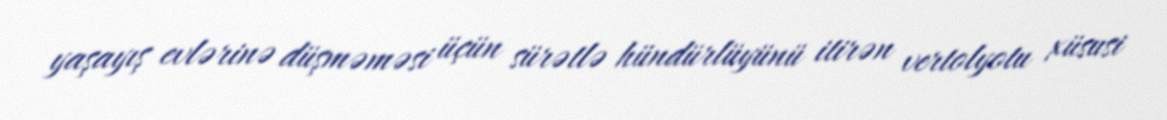
yaşayış evlərinə düşməməsi üçün sürətlə hündürlüyünü itirən vertolyotu xüsusi